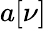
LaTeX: a\! \left[\nu\right]